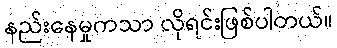
နည်းနေမှုကသာ လိုရင်းဖြစ်ပါတယ်။